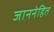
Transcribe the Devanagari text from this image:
जाननेहित